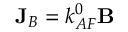
\mathbf { J } _ { B } = k _ { A F } ^ { 0 } \mathbf { B }